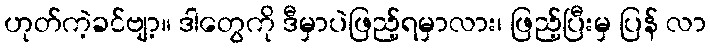
ဟုတ်ကဲ့ခင်ဗျာ့။ ဒါတွေကို ဒီမှာပဲဖြည့်ရမှာလား၊ ဖြည့်ပြီးမှ ပြန် လာ